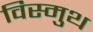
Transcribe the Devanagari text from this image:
विस्मुथ